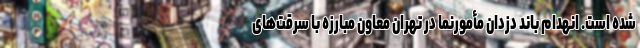
شده است. انهدام باند دزدان مأمورنما در تهران معاون مبارزه با سرقت‌های